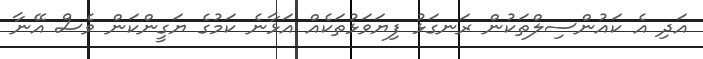
އަދި އެ ކައުންސިލްތަކުން ރަނގަޅު ފިޔަވަޅުތަކެއް އަޅާނެ ކަމުގެ ޔަގީންކަން ވެސް އޭނާ